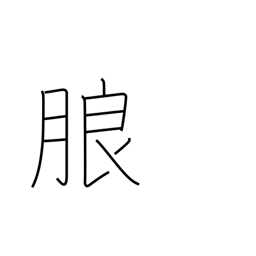
Meaning: distinct